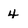
Character: 4